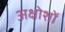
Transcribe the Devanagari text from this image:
अक्षोशों